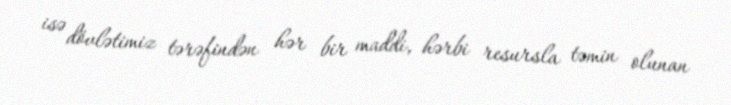
isə dövlətimiz tərəfindən hər bir maddi, hərbi resursla təmin olunan